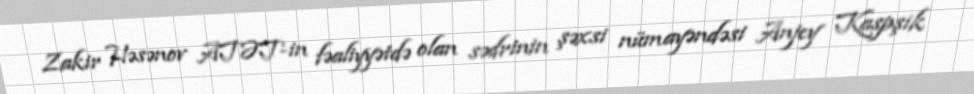
Zakir Həsənov ATƏT-in fəaliyyətdə olan sədrinin şəxsi nümayəndəsi Anjey Kaspşik